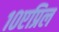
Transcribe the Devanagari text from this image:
१०एप्रिल